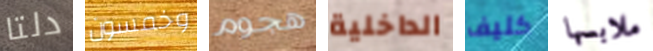
دلتا وخمسون هجوم الداخلية كليف ملابسها